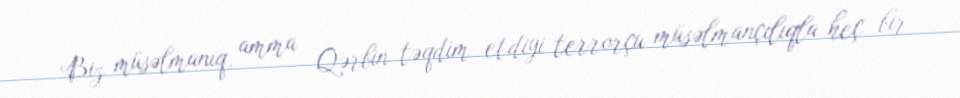
Biz müsəlmanıq, amma Qərbin təqdim etdiyi terrorçu müsəlmançılıqla heç bir